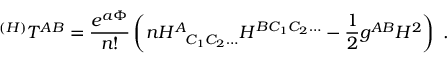
^ { ( H ) } T ^ { A B } = { \frac { e ^ { a \Phi } } { n ! } } \left( n H _ { ~ ~ C _ { 1 } C _ { 2 } \ldots } ^ { A } H ^ { B C _ { 1 } C _ { 2 } \ldots } - { \frac { 1 } { 2 } } g ^ { A B } H ^ { 2 } \right) \ .